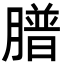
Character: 𦡮